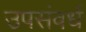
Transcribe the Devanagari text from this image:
उपसंवर्ध